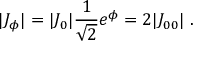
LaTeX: | J _ { \phi } | = | J _ { 0 } | { \frac { 1 } { \sqrt 2 } } e ^ { \phi } = 2 | J _ { 0 0 } | \ .